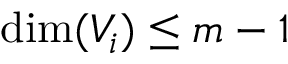
\mathrm { d i m } ( V _ { i } ) \le m - 1